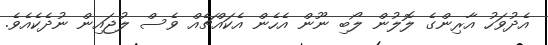
އެދުވަހު އާރިންގެ ލޮލުން ލޯބި ނޫން އެހެން އެކައްޗެއް ވެސް ލުޖައިން ނުދެކެއެވެ.